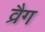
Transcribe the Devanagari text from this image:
व्रैग